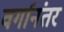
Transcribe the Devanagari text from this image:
वर्गानंतर